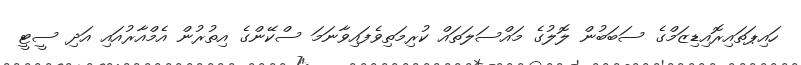
ހައިޕަތައިރޮއިޑިޒަމްގެ ސަބަބުން ލޮލުގެ މައްސަލަތައް ކުރިމަތިވެފައިވާނަމަ ސްކޭންގެ އިތުރުން އެމްއާރުއައި އަދި ސީޓީ